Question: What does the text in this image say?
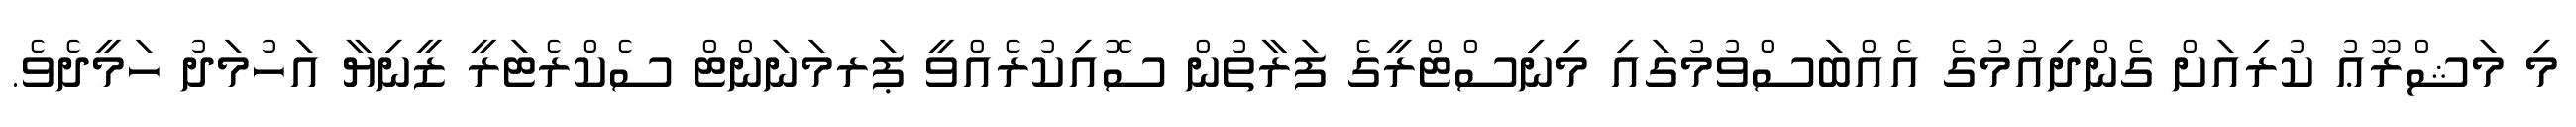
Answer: މި މަޝްރޫޢު ކުރިއަށް ގެންދިއުމުގެ އެއްބަސްވުމުގައި މިނިސްޓްރީގެ ފަރާތުން ސޮއިކުރެއްވީ ޕަރމަނަންޓް ސެކްރެޓަރީ ޒީނިޔާ އަހުމަދު ހަމީދެވެ.